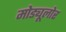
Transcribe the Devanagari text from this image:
मोड्यूलोर